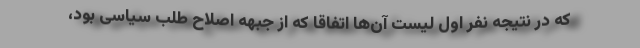
که در نتیجه نفر اول لیست آن‌ها اتفاقا که از جبهه اصلاح طلب سیاسی بود،